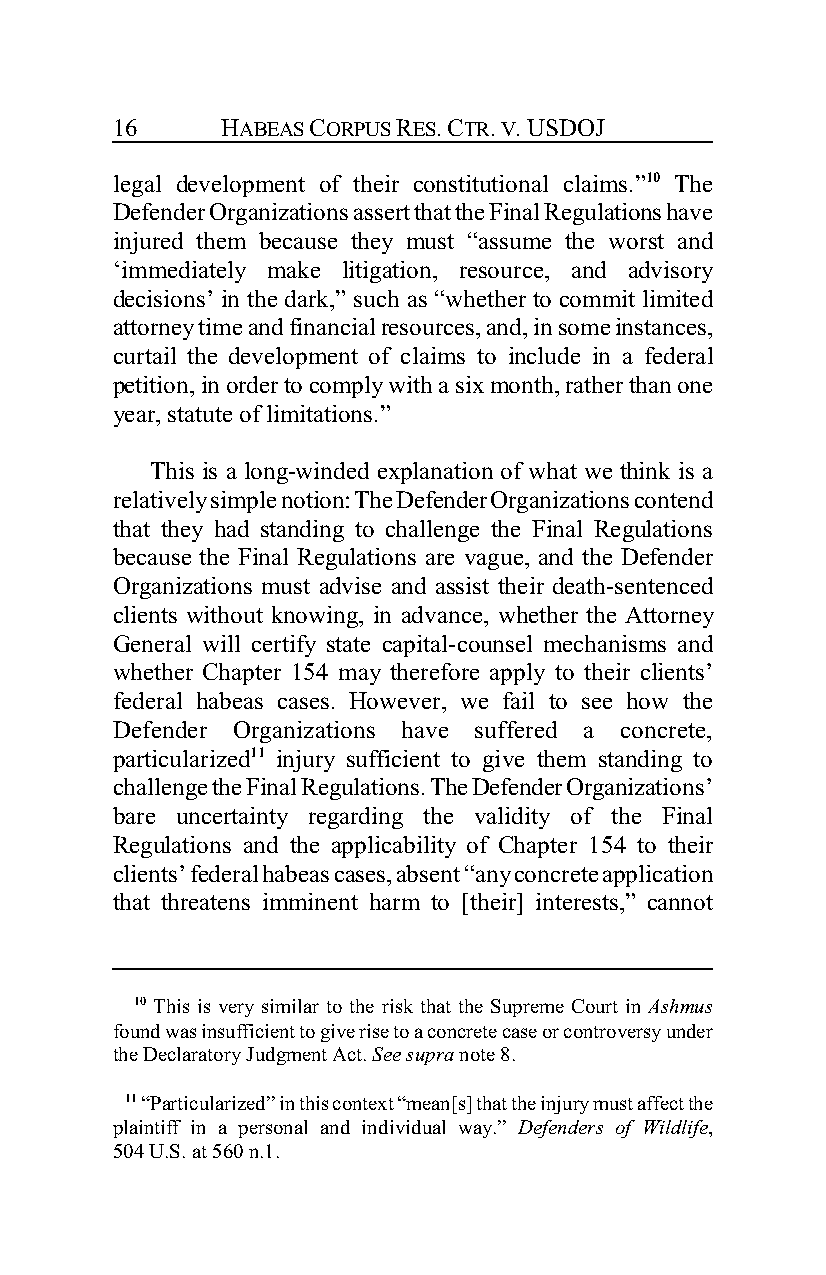
16      HABEAS CORPUS RES. CTR. V. USDOJ
 legal development of their constitutional claims.”10 The
 Defender Organizations assert that the Final Regulations have
 injured them because they must “assume the worst and
 ‘immediately make litigation, resource, and advisory
 decisions’ in the dark,” such as “whether to commit limited
 attorney time and financial resources, and, in some instances,
 curtail the development of claims to include in a federal
 petition, in order to comply with a six month, rather than one
 year, statute of limitations.”
 This is a long-winded explanation of what we think is a
 relatively simple notion: The Defender Organizations contend
 that they had standing to challenge the Final Regulations
 because the Final Regulations are vague, and the Defender
 Organizations must advise and assist their death-sentenced
 clients without knowing, in advance, whether the Attorney
 General will certify state capital-counsel mechanisms and
 whether Chapter 154 may therefore apply to their clients’
 federal habeas cases. However, we fail to see how the
 Defender Organizations have suffered a concrete,
 particularized11 injury sufficient to give them standing to
 challenge the Final Regulations. The Defender Organizations’
 bare uncertainty regarding the validity of the Final
 Regulations and the applicability of Chapter 154 to their
 clients’ federal habeas cases, absent “any concrete application
 that threatens imminent harm to [their] interests,” cannot
 10 This is very similar to the risk that the Supreme Court in Ashmus
 found was insufficient to give rise to a concrete case or controversy under
 the Declaratory Judgment Act. See supra note 8.
 11 “Particularized” in this context “mean[s] that the injury must affect the
 plaintiff in a personal and individual way.” Defenders of Wildlife,
 504 U.S. at 560 n.1.